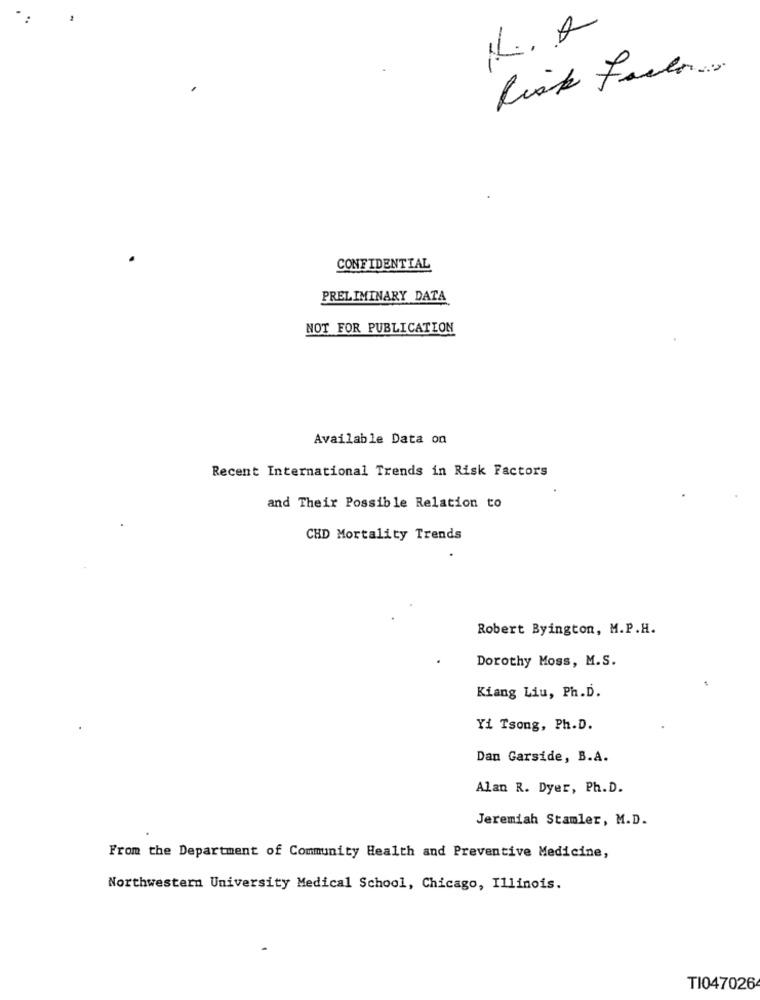
Risk Factor.
CONFIDENTIAL
PRELIMINARY DATA
NOT FOR PUBLICATION
Available Data on
Recent International Trends in Risk Factors
and Their Possible Relation to
CHD Mortality Trends
Robert Byington, M.P.H.
Dorothy Moss, M.S.
Kiang Liu, Ph.D.
Yi Tsong, Ph.D.
Dan Garside, B.A.
Alan R. Dyer, Ph.D.
Jeremiah Stamler, M.D.
From the Department of Community Health and Preventive Medicine,
Northwestern University Medical School, Chicago, Illinois.
TI047026